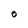
Character: O